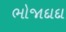
ભોજાદાદા